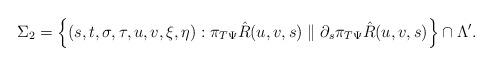
LaTeX: \begin{align*} \Sigma_2 = \left\{ (s, t, \sigma, \tau, u, v, \xi, \eta) : \pi_{T\Psi}\hat{R}(u, v, s) \parallel \partial_s\pi_{T\Psi}\hat{R}(u, v, s) \right\} \cap \Lambda^\prime.\end{align*}